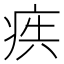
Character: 𭼋